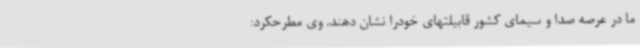
ما در عرصه صدا و سیمای کشور قابیلتهای خودرا نشان دهند. وی مطرحکرد: